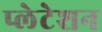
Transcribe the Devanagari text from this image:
प्लेटेशन